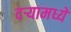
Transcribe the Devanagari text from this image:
दऱ्यामध्ये